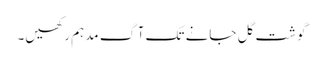
گوشت گل جانے تک آگ مدہم رکھیں۔